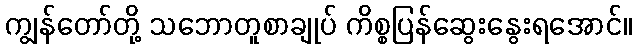
ကျွန်တော်တို့ သဘောတူစာချုပ် ကိစ္စပြန်ဆွေးနွေးရအောင်။